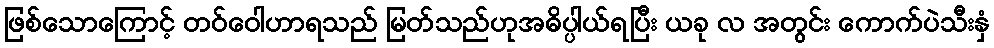
ဖြစ်သောကြောင့် တဝ်ဝေါဟာရသည် မြတ်သည်ဟုအဓိပ္ပါယ်ရပြီး ယခု လ အတွင်း ကောက်ပဲသီးနှံ